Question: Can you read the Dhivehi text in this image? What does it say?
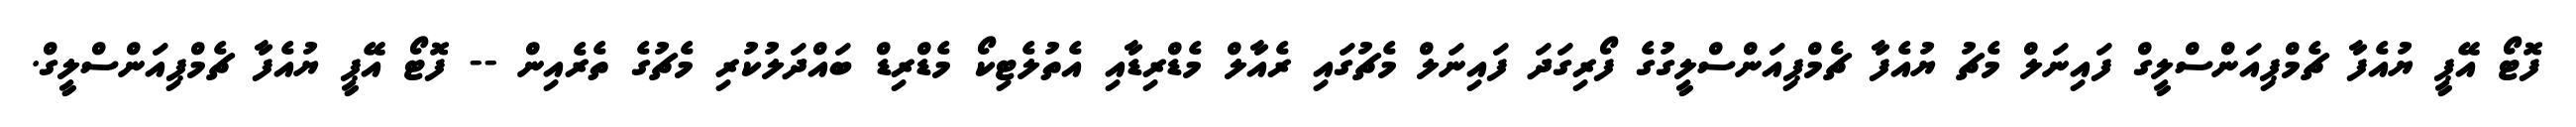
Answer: ފޮޓޯ އޭޕީ ޔުއެފާ ޗެމްޕިއަންސްލީގް ފައިނަލް މެޗު ޔުއެފާ ޗެމްޕިއަންސްލީގުގެ ފޯރިގަދަ ފައިނަލް މެޗުގައި ރެއާލް މެޑްރިޑާއި އެތުލެޓިކޯ މެޑްރިޑް ބައްދަލުކުރި މެޗުގެ ތެރެއިން -- ފޮޓޯ އޭޕީ ޔުއެފާ ޗެމްޕިއަންސްލީގް.